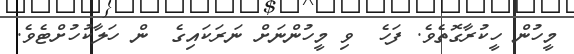
މީހުން ހީކުރާގޮތެވެ. ފަހެ  ވި މީހުންނަށް ނަރަކައިގެ  ން ހަލާކުހުށްޓެވެ.